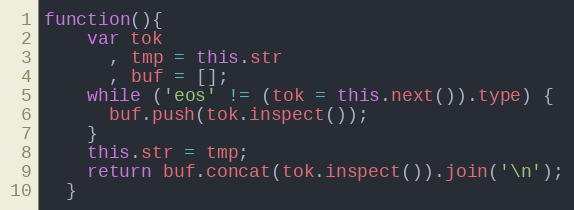
Language: JavaScript
function(){
    var tok
      , tmp = this.str
      , buf = [];
    while ('eos' != (tok = this.next()).type) {
      buf.push(tok.inspect());
    }
    this.str = tmp;
    return buf.concat(tok.inspect()).join('\n');
  }